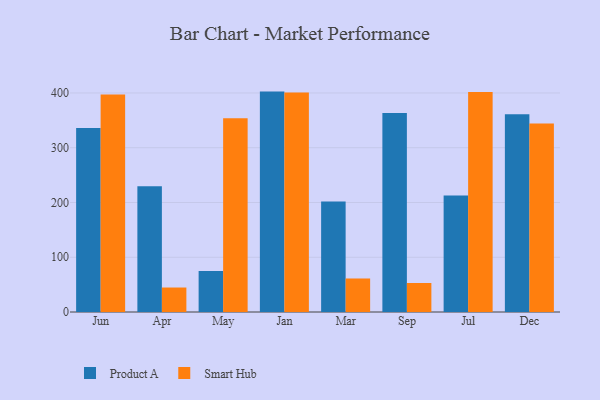
{"axis": {"x": "Month", "y": "Conversion Rate (%)"}, "legend": ["Product A", "Smart Hub"], "data": [{"x": "Jun", "y": 336.2, "type": "Product A"}, {"x": "Jun", "y": 397.3, "type": "Smart Hub"}, {"x": "Apr", "y": 229.7, "type": "Product A"}, {"x": "Apr", "y": 44.7, "type": "Smart Hub"}, {"x": "May", "y": 75.1, "type": "Product A"}, {"x": "May", "y": 353.9, "type": "Smart Hub"}, {"x": "Jan", "y": 402.5, "type": "Product A"}, {"x": "Jan", "y": 401.0, "type": "Smart Hub"}, {"x": "Mar", "y": 201.7, "type": "Product A"}, {"x": "Mar", "y": 61.2, "type": "Smart Hub"}, {"x": "Sep", "y": 363.3, "type": "Product A"}, {"x": "Sep", "y": 53.0, "type": "Smart Hub"}, {"x": "Jul", "y": 212.9, "type": "Product A"}, {"x": "Jul", "y": 401.8, "type": "Smart Hub"}, {"x": "Dec", "y": 361.3, "type": "Product A"}, {"x": "Dec", "y": 344.3, "type": "Smart Hub"}]}